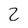
Character: 2